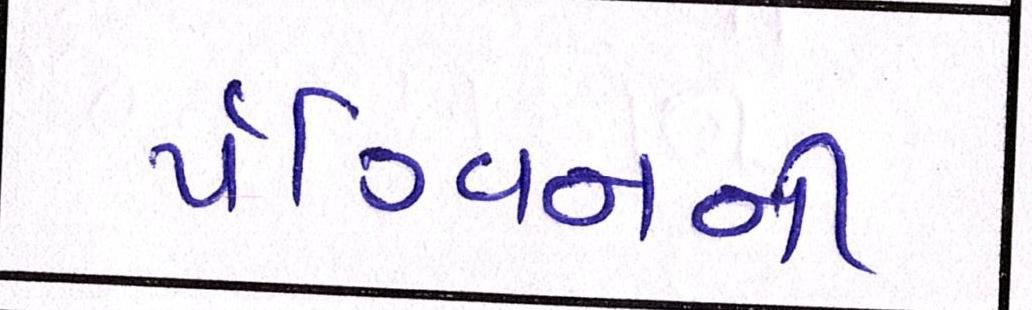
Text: પૅંગ્વિનની